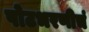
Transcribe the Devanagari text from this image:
पोटभरणीचं